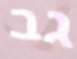
גב